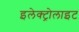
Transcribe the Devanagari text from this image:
इलेक्‍ट्रोलाइट